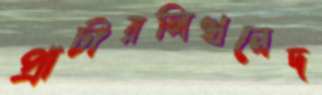
প্রাচীরলিখনেদ